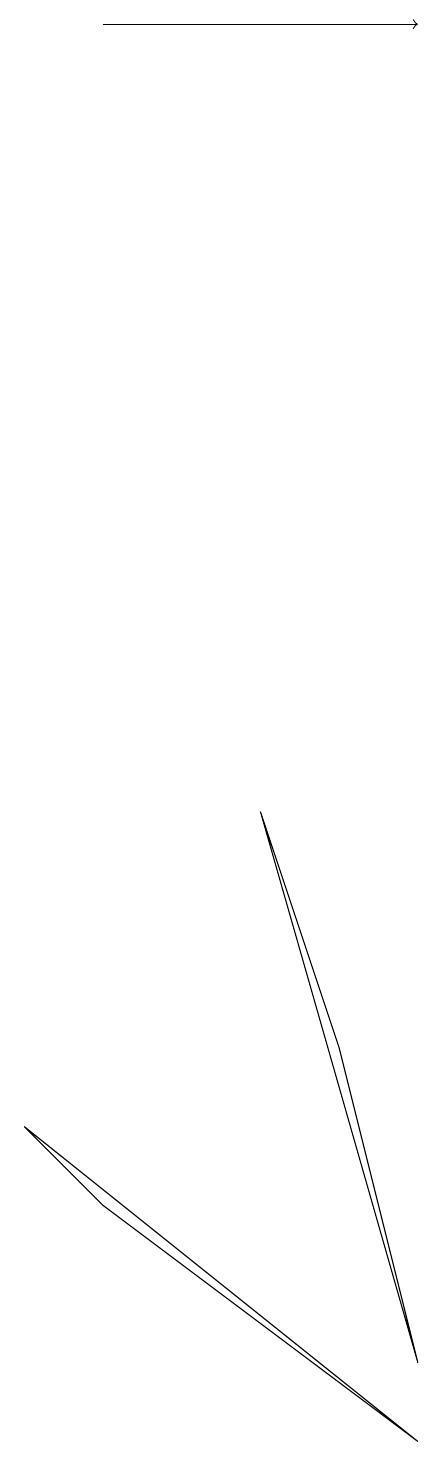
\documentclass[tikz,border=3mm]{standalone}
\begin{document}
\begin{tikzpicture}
\draw (3,8) -- (4,5) -- (5,1) -- cycle;
\draw[->] (1,18) -- (5,18);
\draw (1,3) -- (0,4) -- (5,0) -- cycle;
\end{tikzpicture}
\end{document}